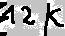
Text: 12K